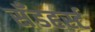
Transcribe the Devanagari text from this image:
सॅँडहर्स्ट